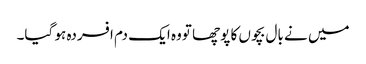
میں نے بال بچوں کا پوچھا تووہ ایک دم افسردہ ہو گیا۔